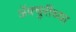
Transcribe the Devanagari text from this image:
ॲक्चुरींच्या